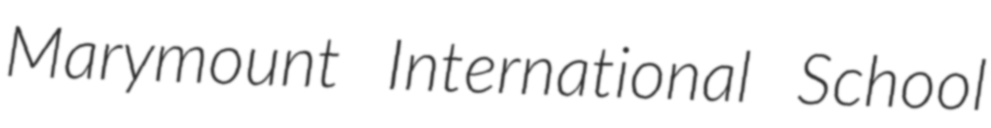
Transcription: Marymount International School